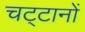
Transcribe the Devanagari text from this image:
चट्‌टानों